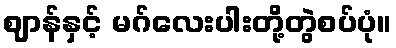
ဈာန်နှင့် မဂ်လေးပါးတို့တွဲစပ်ပုံ။